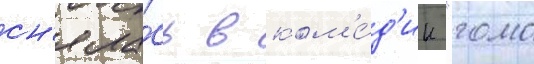
сн'яла́сь в ком'е́д'ии "гомо